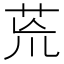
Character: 𮎰